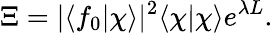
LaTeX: \Xi=|\langle f_{0}|\chi\rangle|^{2}\langle\chi|\chi\rangle e^{\lambda L}.